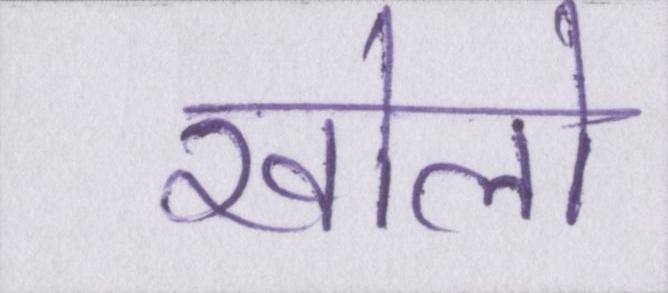
खोलो